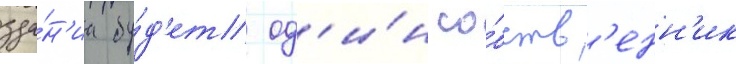
зда́н'иа бу́д'ет од'и́н со́бств'енн'ик